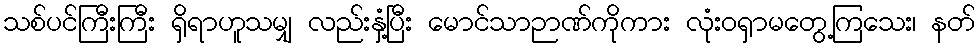
သစ်ပင်ကြီးကြီး ရှိရာဟူသမျှ လည်းနှံ့ပြီး မောင်သာဉာဏ်ကိုကား လုံးဝရှာမတွေ့ကြသေး၊ နတ်